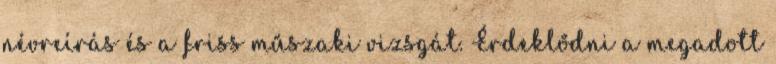
névreírás és a friss műszaki vizsgát. Érdeklődni a megadott